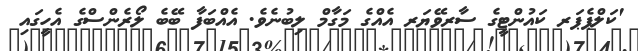
'ކަލްޕެޕަރ ކައުންޓީގެ ސާރވޭޔަރ އެއްގެ މަގާމް ލިބުނެވެ. އެއްބަފާ ބޭބެ ލޯރެންސްގެ އެހީގައި